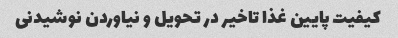
کیفیت پایین غذا تاخیر در تحویل و نیاوردن نوشیدنی